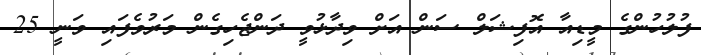
ފުލުހުންގެ މީޑިއާ އޮފިޝަލް ސަން އަށް ވިދާޅުވީ ދަންޖެހިގެން މަރުވެފައި ވަނީ 25